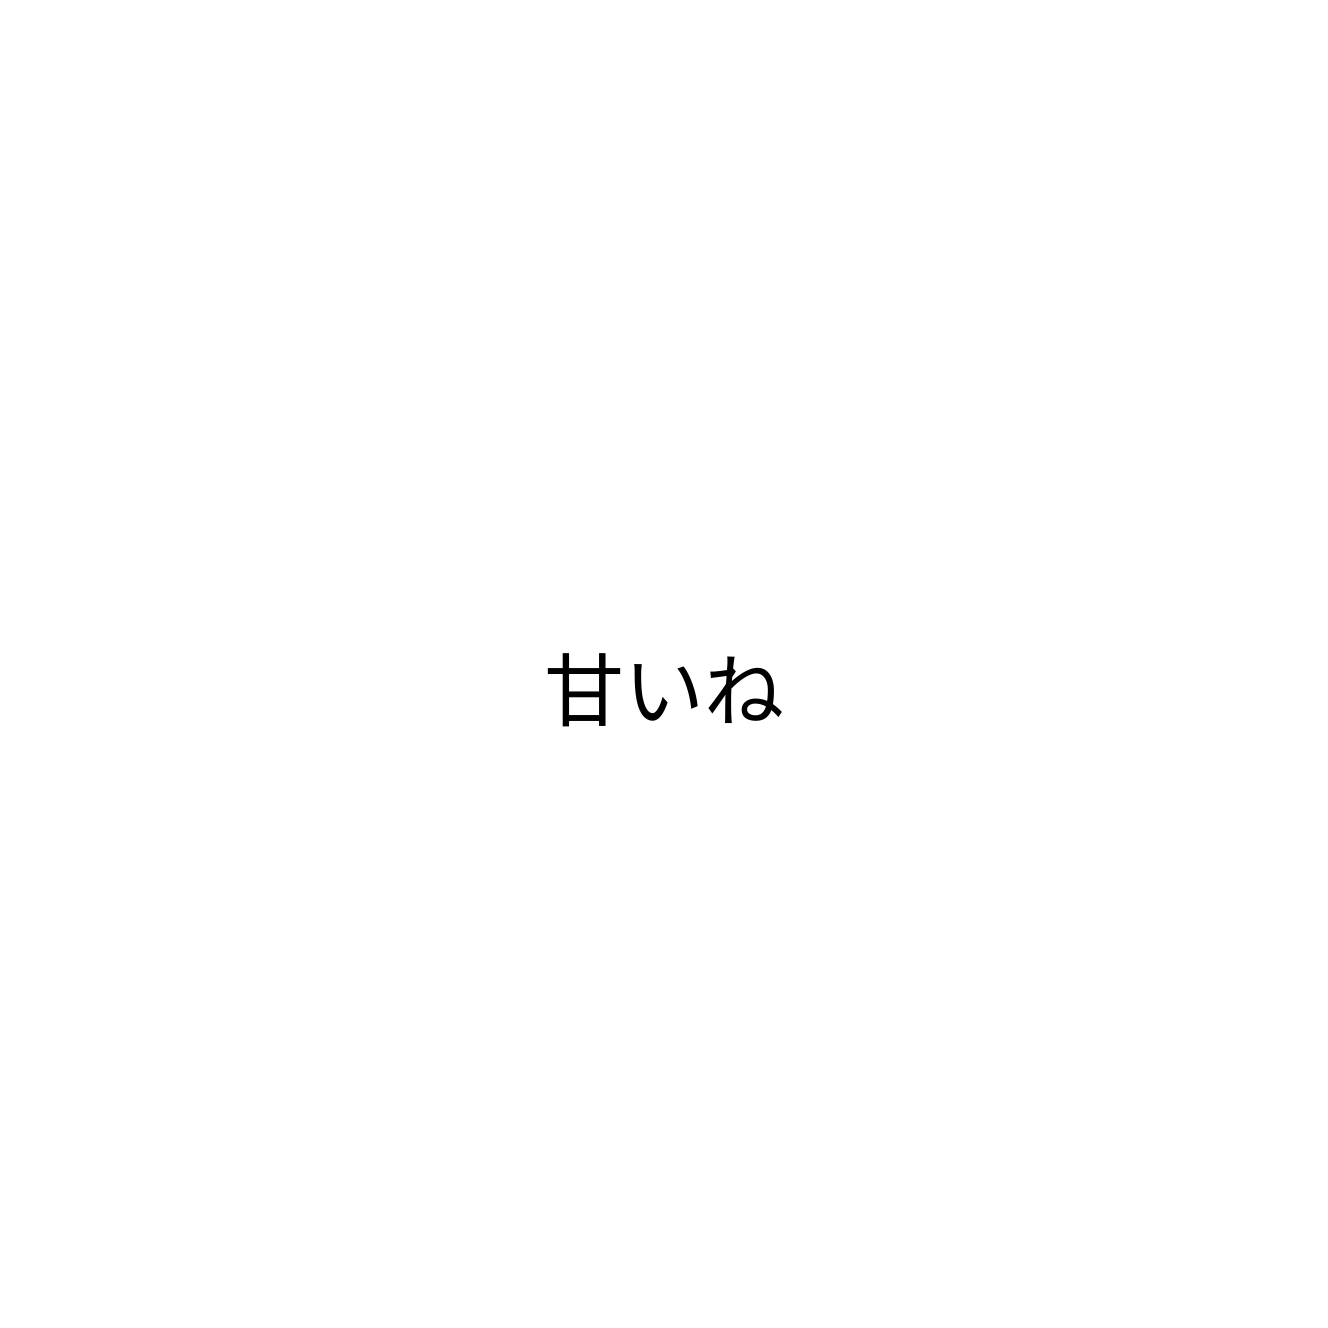
甘いね